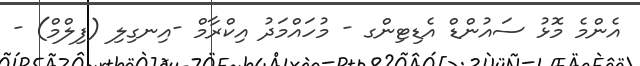
އެންމެ މޮޅު ސައުންޑް އެޑިޓިންގ - މުހައްމަދު އިކްރާމް -އިނގިލި (ފިލްމް) -